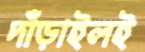
দাঁড়াইলই